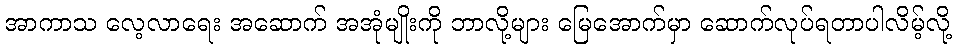
အာကာသ လေ့လာရေး အဆောက် အအုံမျိုးကို ဘာလို့များ မြေအောက်မှာ ဆောက်လုပ်ရတာပါလိမ့်လို့